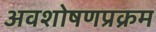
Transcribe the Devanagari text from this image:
अवशोषणप्रक्रम